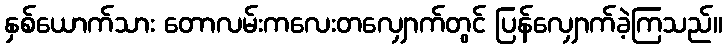
နှစ်ယောက်သား တောလမ်းကလေးတလျှောက်တွင် ပြန်လျှောက်ခဲ့ကြသည်။